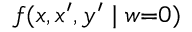
f ( x , x ^ { \prime } , y ^ { \prime } \mid w { = } 0 )